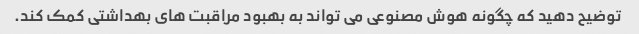
توضیح دهید که چگونه هوش مصنوعی می تواند به بهبود مراقبت های بهداشتی کمک کند.